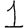
Digit: 1